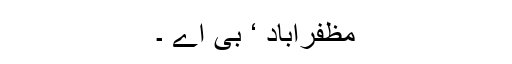
مظفرآباد ‘ بی اے ۔